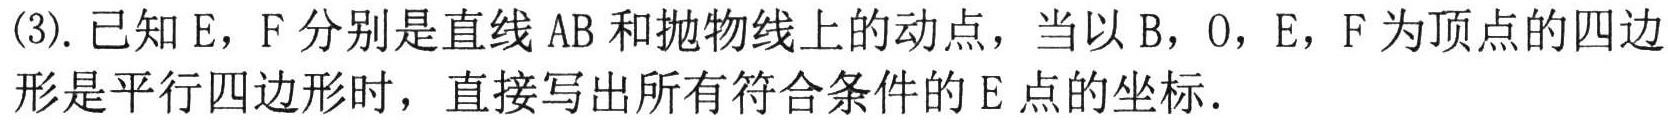
(3). 已知 E，F 分别是直线 AB 和抛物线上的动点，当以 B，O，E，F 为顶点的四边形是平行四边形时，直接写出所有符合条件的 E 点的坐标．